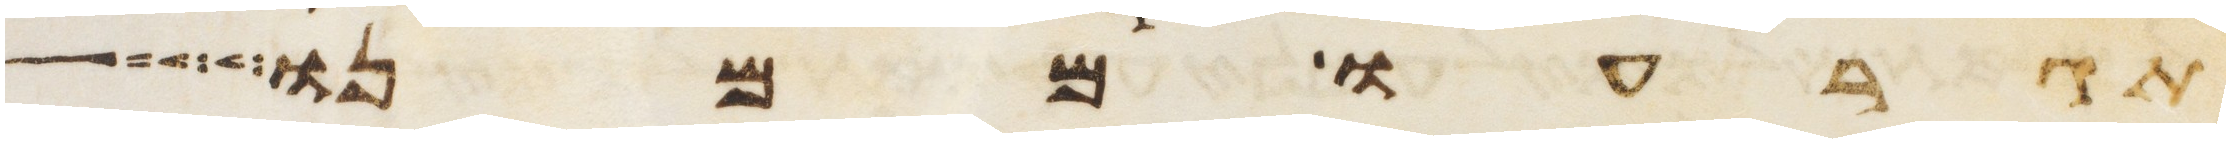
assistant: תגרעו ממנו